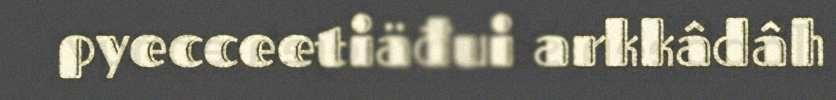
pyecceetiäđui arkkâdâh